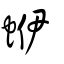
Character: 蛜